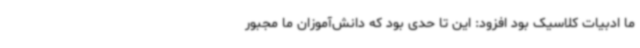
ما ادبیات کلاسیک بود افزود: این تا حدی بود که دانش‌آموزان ما مجبور